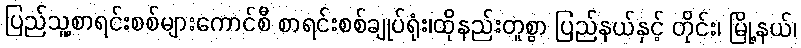
ပြည်သူ့စာရင်းစစ်များကောင်စီ စာရင်းစစ်ချုပ်ရုံး၊ထိုနည်းတူစွာ ပြည်နယ်နှင့် တိုင်း၊ မြို့နယ်၊